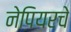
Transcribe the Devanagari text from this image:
नेपियरचे